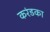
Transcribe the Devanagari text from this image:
करंडका